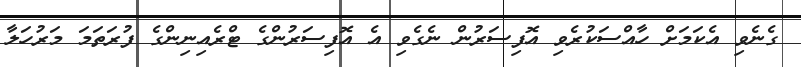
ގެނެވި އެކަމަށް ހާއްސަކުރެވި އޮފިސަރުން ނެގެވި އެ އޮފިސަރުންގެ ޓްރެއިނިންގެ ފުރަތަމަ މަރުހަލާ